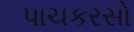
પાચકરસો